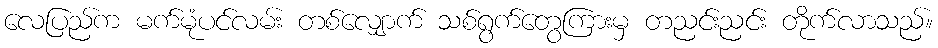
လေပြည်က မက်မုံပင်လမ်း တစ်လျှောက် သစ်ရွက်တွေကြားမှ တညင်းညင်း တိုက်လာသည်။